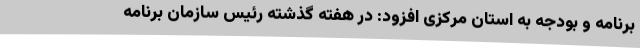
برنامه و بودجه به استان مرکزی افزود: در هفته گذشته رئیس سازمان برنامه